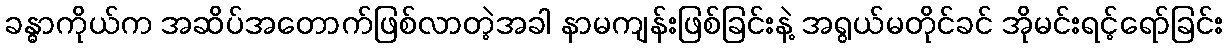
ခန္ဓာကိုယ်က အဆိပ်အတောက်ဖြစ်လာတဲ့အခါ နာမကျန်းဖြစ်ခြင်းနဲ့ အရွယ်မတိုင်ခင် အိုမင်းရင့်ရော်ခြင်း